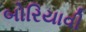
બોરિયાવી